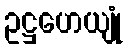
ဥဋ္ဌဟေယျုံ